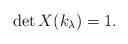
LaTeX: \begin{align*} \det X(k_\lambda) = 1. \end{align*}